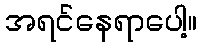
အရင်နေရာပေါ့။